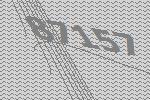
87157